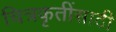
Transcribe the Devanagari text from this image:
चित्रकृतींसाठी